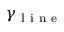
\gamma _ { \mathrm { ~ l ~ i ~ n ~ e ~ } }